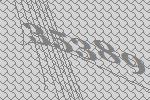
35389